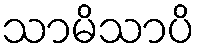
သာမိသာပိ